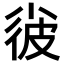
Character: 𡮌